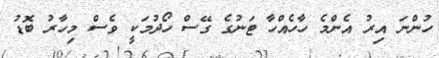
ހުންނަ އިރު އެންމެ ހާހެއްހާ ޓަނުގެ ގޭސް ހޯދުމަކީ ވެސް މިހާރު ބޮޑު